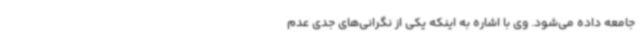
جامعه داده می‌شود. وی با اشاره به اینکه یکی از نگرانی‌های جدی عدم